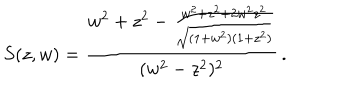
S ( z , w ) = \frac { w ^ { 2 } + z ^ { 2 } - \frac { w ^ { 2 } + z ^ { 2 } + 2 w ^ { 2 } z ^ { 2 } } { \sqrt { ( 1 + w ^ { 2 } ) ( 1 + z ^ { 2 } ) } } } { ( w ^ { 2 } - z ^ { 2 } ) ^ { 2 } } \, .